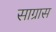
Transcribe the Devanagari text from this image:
साग्रास